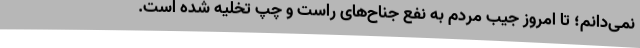
نمی‌دانم؛ تا امروز جیب مردم به نفع جناح‌های راست و چپ تخلیه شده است.